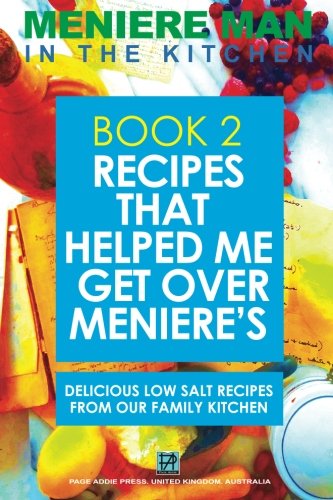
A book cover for Meniere Man In The Kitchen. Book 2. Recipes That Helped Me Get Over Meniere's.: Delicious Low Salt Recipes From Our Family Kitchen; Meniere Man; Cookbooks, Food & Wine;